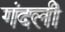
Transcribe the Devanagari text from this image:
गंदली